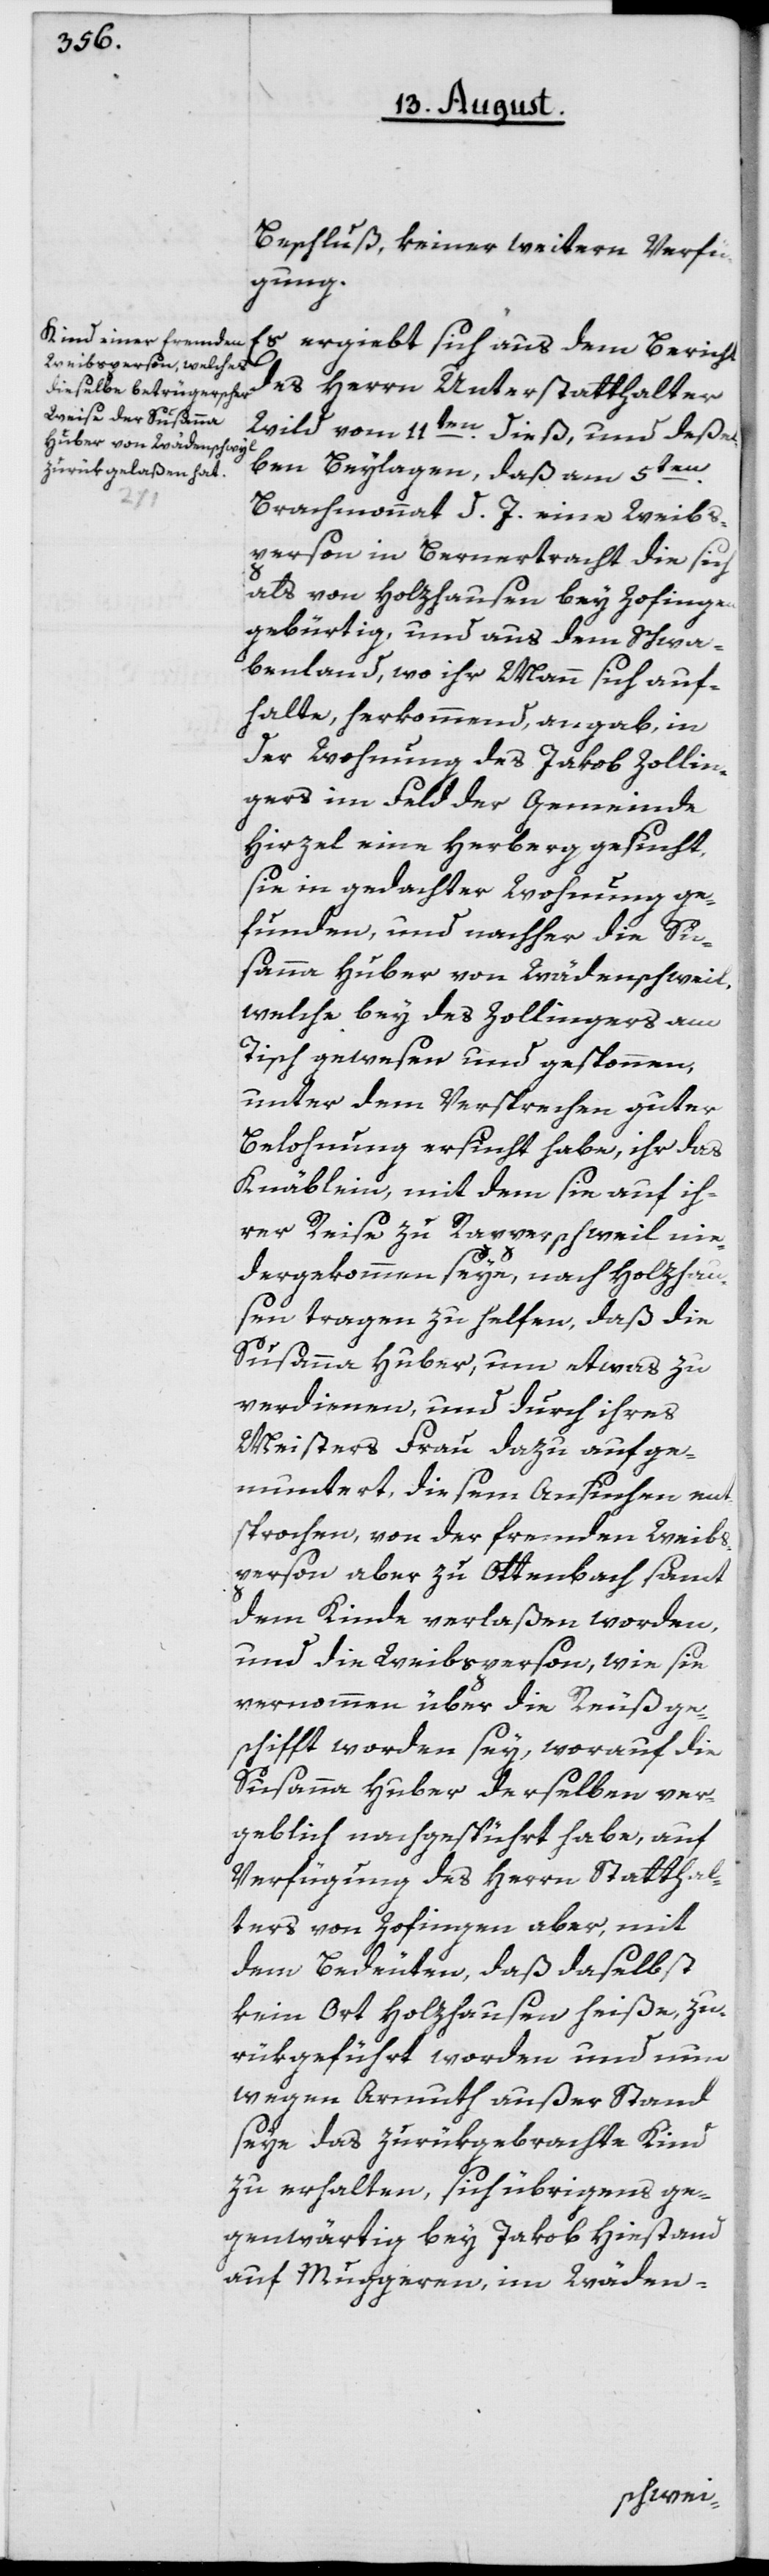
Beschluß, keiner weitern Verfü¬
gung.
Es ergiebt sich aus dem Bericht
des Herrn Unterstatthalter
Wild vom 11ten dieß, und deßel¬
ben Beylagen, daß am 5ten
Brachmonat d. J. eine Weibs¬
person in Bernertracht die sich
als von Holzhausen bey Zofingen
gebürtig, und aus dem Schwa¬
benland, wo ihr Mann sich auf¬
halte, herkommend, angab, in
der Wohnung des Jakob Zollin¬
gers im Feld der Gemeinde
Hirzel eine Herberg gesucht,
sie in gedachter Wohnung ge¬
funden, und nachher die Su¬
sanna Huber von Wädenschweil
welche bey des Zollingers am
Tisch gewesen und gesponnen,
unter dem Versprechen guter
Belohnung ersucht habe, ihr das
Knäblein, mit dem sie auf ih¬
rer Reise zu Rapperschweil nie¬
dergekommen seye, nach Holzhau¬
sen tragen zu helfen, daß die
Susanna Huber, um etwas zu
verdienen, und durch ihres
Meisters Frau dazu aufge¬
muntert, diesem Ansuchen ent¬
sprochen, von der fremden Weibs¬
person aber zu Ottenbach samt
dem Kinde verlaßen worden,
und die Weibsperson, wie sie
vernommen über die Reuß ge¬
schifft worden sey, worauf die
Susanna Huber derselben ver¬
geblich nachgespührt habe, auf
Verfügung des Herrn Statthal¬
ters von Zofingen aber, mit
dem Bedeuten, daß daselbst
kein Ort Holzhausen heiße, zu¬
rükgeführt worden und nun
wegen Armuth außer Stand
seye das zurükgebrachte Kind
zu erhalten, sich übrigens ge¬
genwärtig bey Jakob Hiestand
auf Muggeren im Wäden-